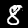
Label: 8